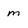
Character: m